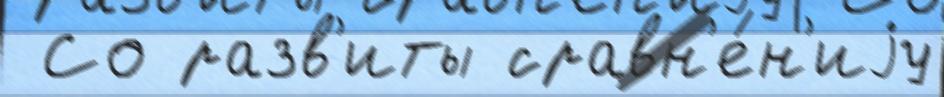
 Со разв'иты сравн'е́н'иjу